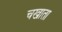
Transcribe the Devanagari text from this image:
चखाता